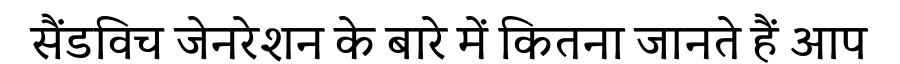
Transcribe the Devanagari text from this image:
सैंडविच जेनरेशन के बारे में कितना जानते हैं आप